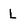
Character: L